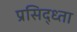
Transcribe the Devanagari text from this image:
प्रसिद्ध्ता